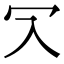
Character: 𠕳